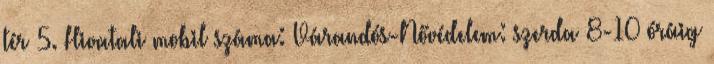
tér 5. Hivatali mobil száma: Várandós-Nővédelem: szerda 8-10 óráig